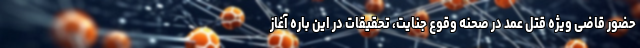
حضور قاضی ویژه قتل عمد در صحنه وقوع جنایت، تحقیقات در این باره آغاز